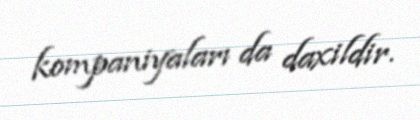
kompaniyaları da daxildir.